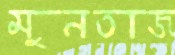
মুনতাজ